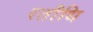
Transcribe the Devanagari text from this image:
रतौधि